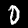
Digit: 0